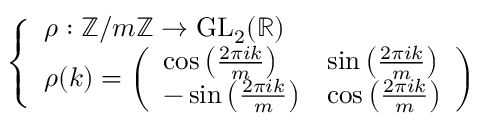
\left\{ \begin{array} { l l } { \rho : \mathbb { Z } / m \mathbb { Z } \to { \mathrm { G L } } _ { 2 } ( \mathbb { R } ) } \\ { \rho ( k ) = { \left( \begin{array} { l l } { \cos \left( { \frac { 2 \pi i k } { m } } \right) } & { \sin \left( { \frac { 2 \pi i k } { m } } \right) } \\ { - \sin \left( { \frac { 2 \pi i k } { m } } \right) } & { \cos \left( { \frac { 2 \pi i k } { m } } \right) } \end{array} \right) } } \end{array} \right.